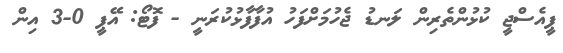
ޕީއެސްޖީ ކުޅުންތެރިން ލަނޑު ޖެހުމަށްފަހު އުފާފާޅުކުރަނީ - ފޮޓޯ: އޭޕީ 0-3 އިން